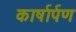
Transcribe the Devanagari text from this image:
कार्षार्पण